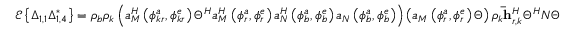
\mathscr { E } \left\{ \Delta _ { 1 , 1 } \Delta _ { 1 , 4 } ^ { * } \right\} = \rho _ { b } \rho _ { k } \left( a _ { M } ^ { H } \left( \phi _ { k r } ^ { a } , \phi _ { k r } ^ { e } \right) \Theta ^ { H } a _ { M } ^ { H } \left( \phi _ { r } ^ { a } , \phi _ { r } ^ { e } \right) a _ { N } ^ { H } \left( \phi _ { b } ^ { a } , \phi _ { b } ^ { e } \right) a _ { N } \left( \phi _ { b } ^ { a } , \phi _ { b } ^ { e } \right) \right) \left( a _ { M } \left( \phi _ { r } ^ { a } , \phi _ { r } ^ { e } \right) \Theta \right) \rho _ { k } \mathbf { \bar { h } } _ { r , k } ^ { H } \Theta ^ { H } N \Theta